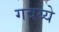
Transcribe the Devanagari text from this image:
गवय्ये